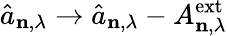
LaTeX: \hat{a}_{\mathbf{n},\lambda}\rightarrow\hat{a}_{\mathbf{n},\lambda}-A_{\mathbf{n},\lambda}^{\mathrm{ext}}